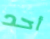
أحد